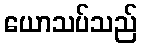
ယောသပ်သည်